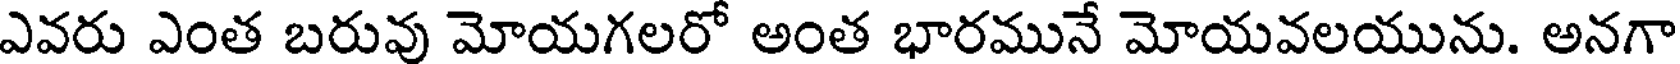
ఎవరు ఎంత బరువు మోయగలరో అంత భారమునే మోయవలయును. అనగా